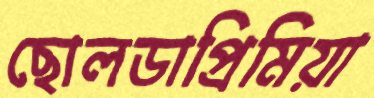
ছোলডাপ্রিমিয়া